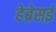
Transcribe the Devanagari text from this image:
हेब्रेसई